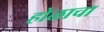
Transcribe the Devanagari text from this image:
होळाचा